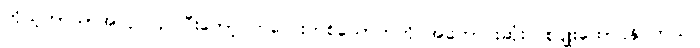
ကိုယ့်ဘာသာအလုပ်လုပ်ပြီးတော့ ကလေးတစ်ယောက်ကို အကောင်းဆုံးပြုစုပျိုးထောင်နိုင်တယ်။